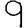
Digit: 9